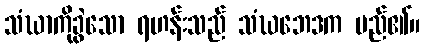
သံဃာကိုခွဲသော ရဟန်းသည် သံဃဘေဒက မည်၏။